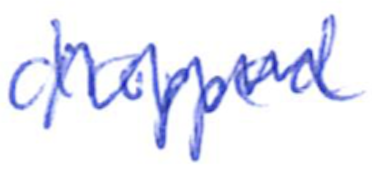
Text: dropped
Cross-out: mix
Writing tool: ballpoint